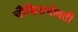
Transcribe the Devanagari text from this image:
चौकिसभोवती